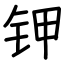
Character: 钾